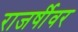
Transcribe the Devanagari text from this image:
राजर्षीवर